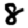
Digit: 8